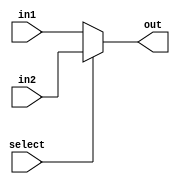
module mux2x1 (
    input [31:0]in1,
    input [31:0]in2,
    input select,
    output reg [31:0] out
);

always @(*) begin
    if (!select) begin
        out<=in1;
    end else begin
        out<=in2;
    end
end
    
endmodule